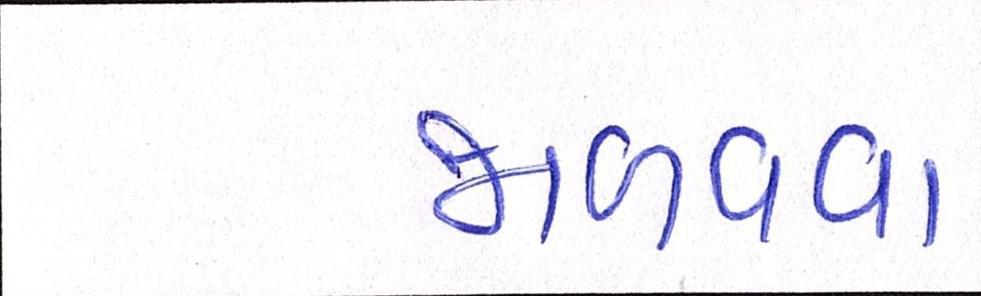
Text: જાળવવા